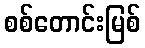
စစ်တောင်းမြစ်